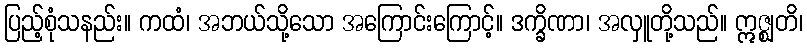
ပြည့်စုံသနည်း။ ကထံ၊ အဘယ်သို့သော အကြောင်းကြောင့်။ ဒက္ခိဏာ၊ အလှူတို့သည်။ ဣဇ္ဈတိ၊